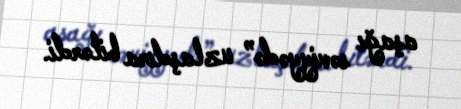
aşağı səviyyədə” uzlaşdıra bilərdi.